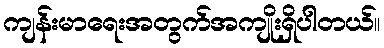
ကျန်းမာရေးအတွက်အကျိုးရှိပါတယ်။